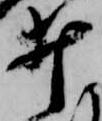
井